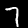
Digit: 7